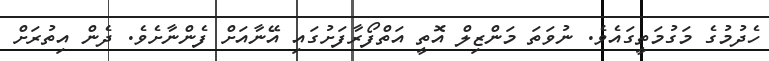
ހެދުމުގެ މަގުމަތީގައެވެ. ނުވަތަ މަންޒިލް އޮތީ އަތްފޯރާފަށުގައި އޭނާއަށް ފެންނާށެވެ. ދެން އިތުރަށް